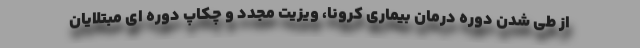
از طی شدن دوره درمان بیماری کرونا، ویزیت مجدد و چکاپ دوره ای مبتلایان